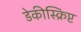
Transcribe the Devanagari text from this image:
डेकीस्क्रिप्ट